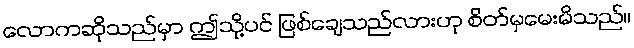
လောကဆိုသည်မှာ ဤသို့ပင် ဖြစ်ချေသည်လားဟု စိတ်မှမေးမိသည်။